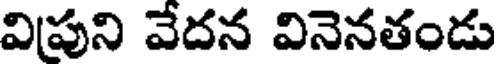
విపుని వేదన వినెనతండు